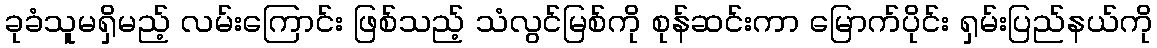
ခုခံသူမရှိမည့် လမ်းကြောင်း ဖြစ်သည့် သံလွင်မြစ်ကို စုန်ဆင်းကာ မြောက်ပိုင်း ရှမ်းပြည်နယ်ကို